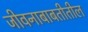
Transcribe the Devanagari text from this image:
जीवनाबाबतीतील